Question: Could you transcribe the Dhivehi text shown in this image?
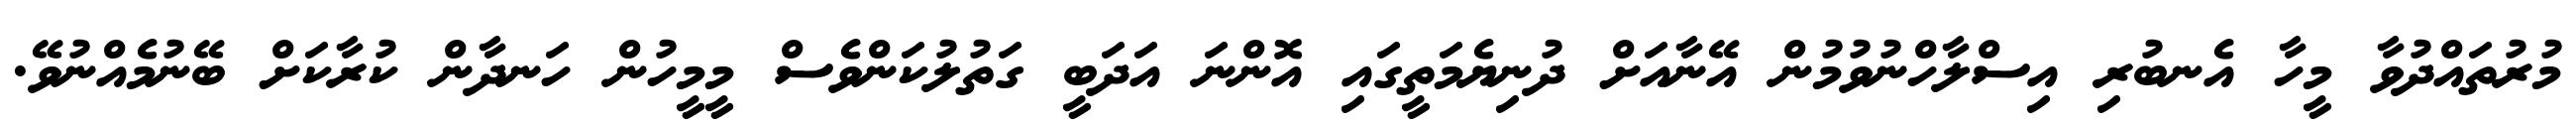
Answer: މުރުތައްދުވާ މީހާ އެނބުރި އިސްލާހްނުވުމުން އޭނާއަށް ދުނިޔެމަތީގައި އޮންނަ އަދަބީ ގަތުލުކަންވެސް މީމީހުން ހަނދާން ކުރާކަށް ބޭނުމެއްނުވޭ.